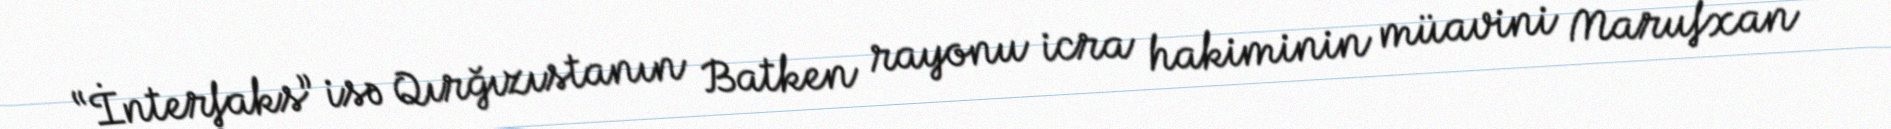
“İnterfaks” isə Qırğızıstanın Batken rayonu icra hakiminin müavini Marufxan